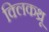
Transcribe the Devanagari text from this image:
क्लिकथ्रू